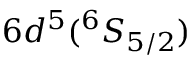
6 d ^ { 5 } ( ^ { 6 } S _ { 5 / 2 } )